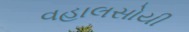
વહાલસોયી